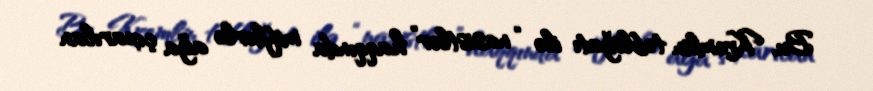
Bu, Kremlin təbliğatı ilə “nasistlər” haqqında miflərlə ağa çıxarılan